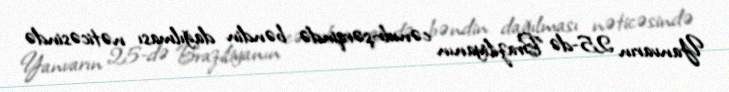
Yanvarın 25-də Braziliyanın cənub-şərqində bəndin dağılması nəticəsində